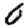
Digit: 0